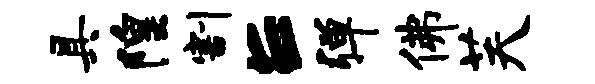
具隍割E弹佛芙